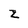
Character: Z